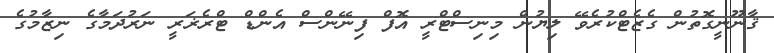
ޤާނޫނީގޮތުން ގެޒެޓްކުރެވޭ ލިޔުން މިނިސްޓްރީ އޮފް ފިނޭންސް އެންޑް ޓްރެޜަރީ ނަރުދަމާގެ ނިޒާމުގެ